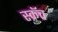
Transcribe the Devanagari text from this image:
स्क्रॅच